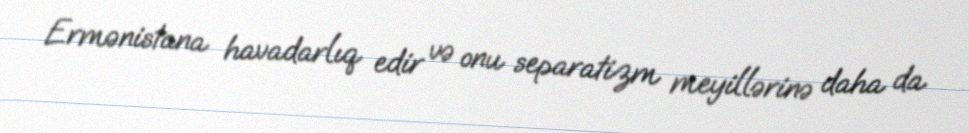
Ermənistana havadarlıq edir və onu separatizm meyillərinə daha da